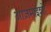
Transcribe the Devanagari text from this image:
आज़माइशों